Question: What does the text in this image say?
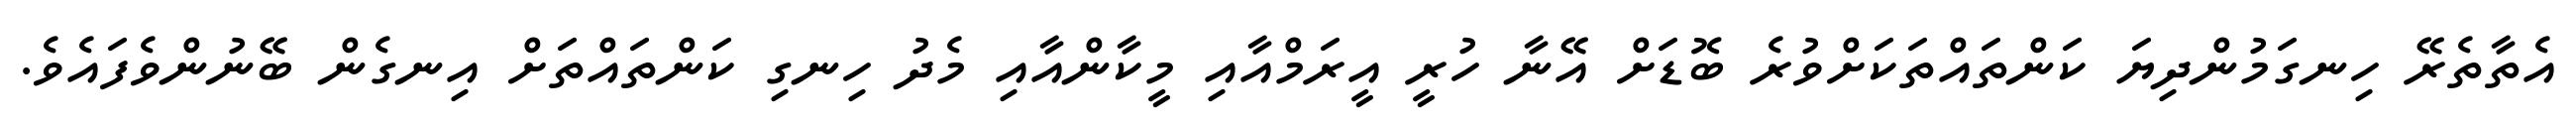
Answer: އެތާތެރޭ ހިނގަމުންދިޔަ ކަންތައްތަކަށްވުރެ ބޮޑަށް އޭނާ ހުރީ އީރަމްއާއި މީކާންއާއި މެދު ހިނގި ކަންތައްތަށް އިނގެން ބޭނުންވެފައެވެ.